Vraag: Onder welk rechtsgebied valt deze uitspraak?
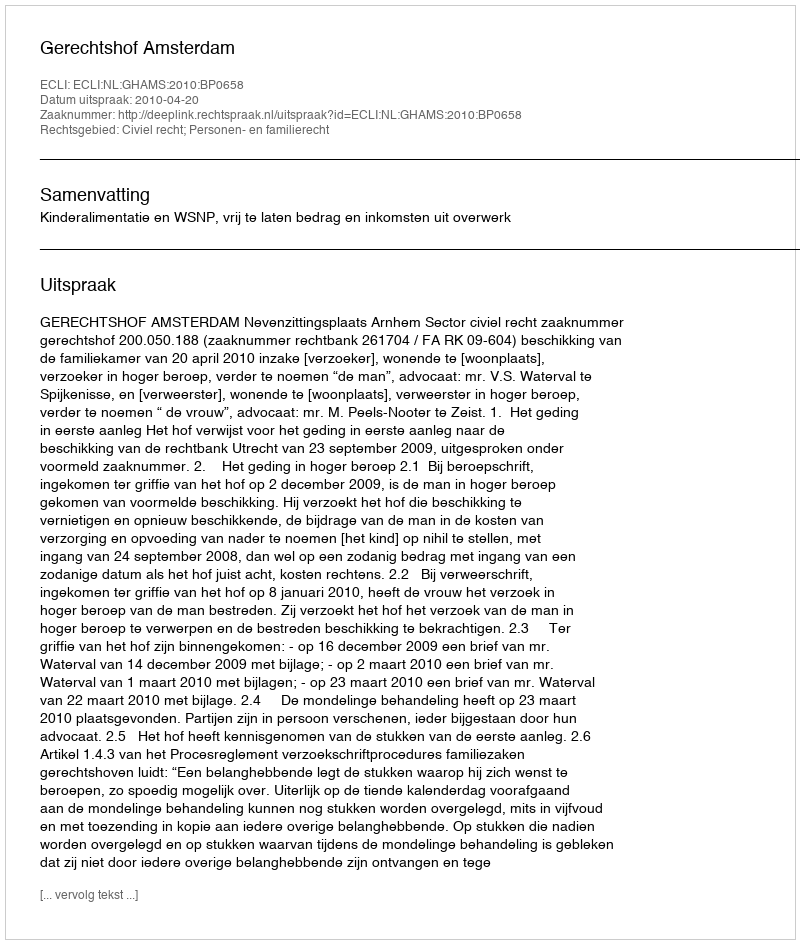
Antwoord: Civiel recht; Personen- en familierecht